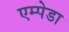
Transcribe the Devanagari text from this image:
एम्पेडा